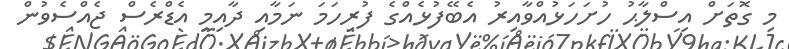
މި ގޮތަށް އިސްލާޙު ހުށަހަޅުއްވާއިރު އެބޭފުޅެއްގެ ފުރިހަމަ ނަމާއި ދާއިމީ އެޑްރެސް ޖެއްސެވުން